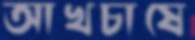
আখচাষে